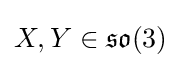
X,Y\in {\mathfrak {so}}(3)